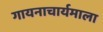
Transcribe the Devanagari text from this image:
गायनाचार्यमाला